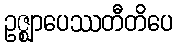
ဥဇ္ဈာပေဿတီတိပေ